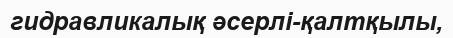
гидравликалық әсерлі-қалтқылы,